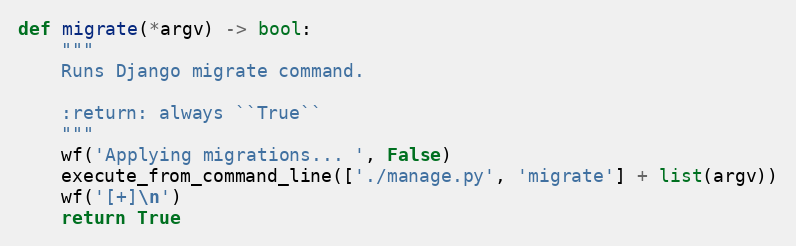
Language: Python
def migrate(*argv) -> bool:
    """
    Runs Django migrate command.

    :return: always ``True``
    """
    wf('Applying migrations... ', False)
    execute_from_command_line(['./manage.py', 'migrate'] + list(argv))
    wf('[+]\n')
    return True